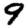
Digit: 9